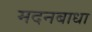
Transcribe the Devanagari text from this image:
मदनबाधा